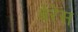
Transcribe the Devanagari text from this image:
बेरेस